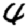
Digit: 4